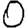
Digit: 0